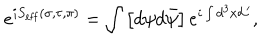
LaTeX: e ^ { i S _ { \mathrm { e f f } } ( \sigma , \tau , \pi ) } = \int \left[ d \psi d \bar { \psi } \right] e ^ { i \int d ^ { 3 } x { \cal L } ^ { \prime } } ,